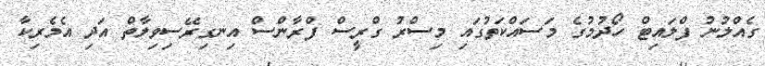
ގެއްލުނު ފްލައިޓް ހޯދުމުގެ މަސައްކަތުގައި މިސްރު ގްރީސް ފްރާންސް އިނގިރޭސިވިލާތް އަދި އެމެރިކާ